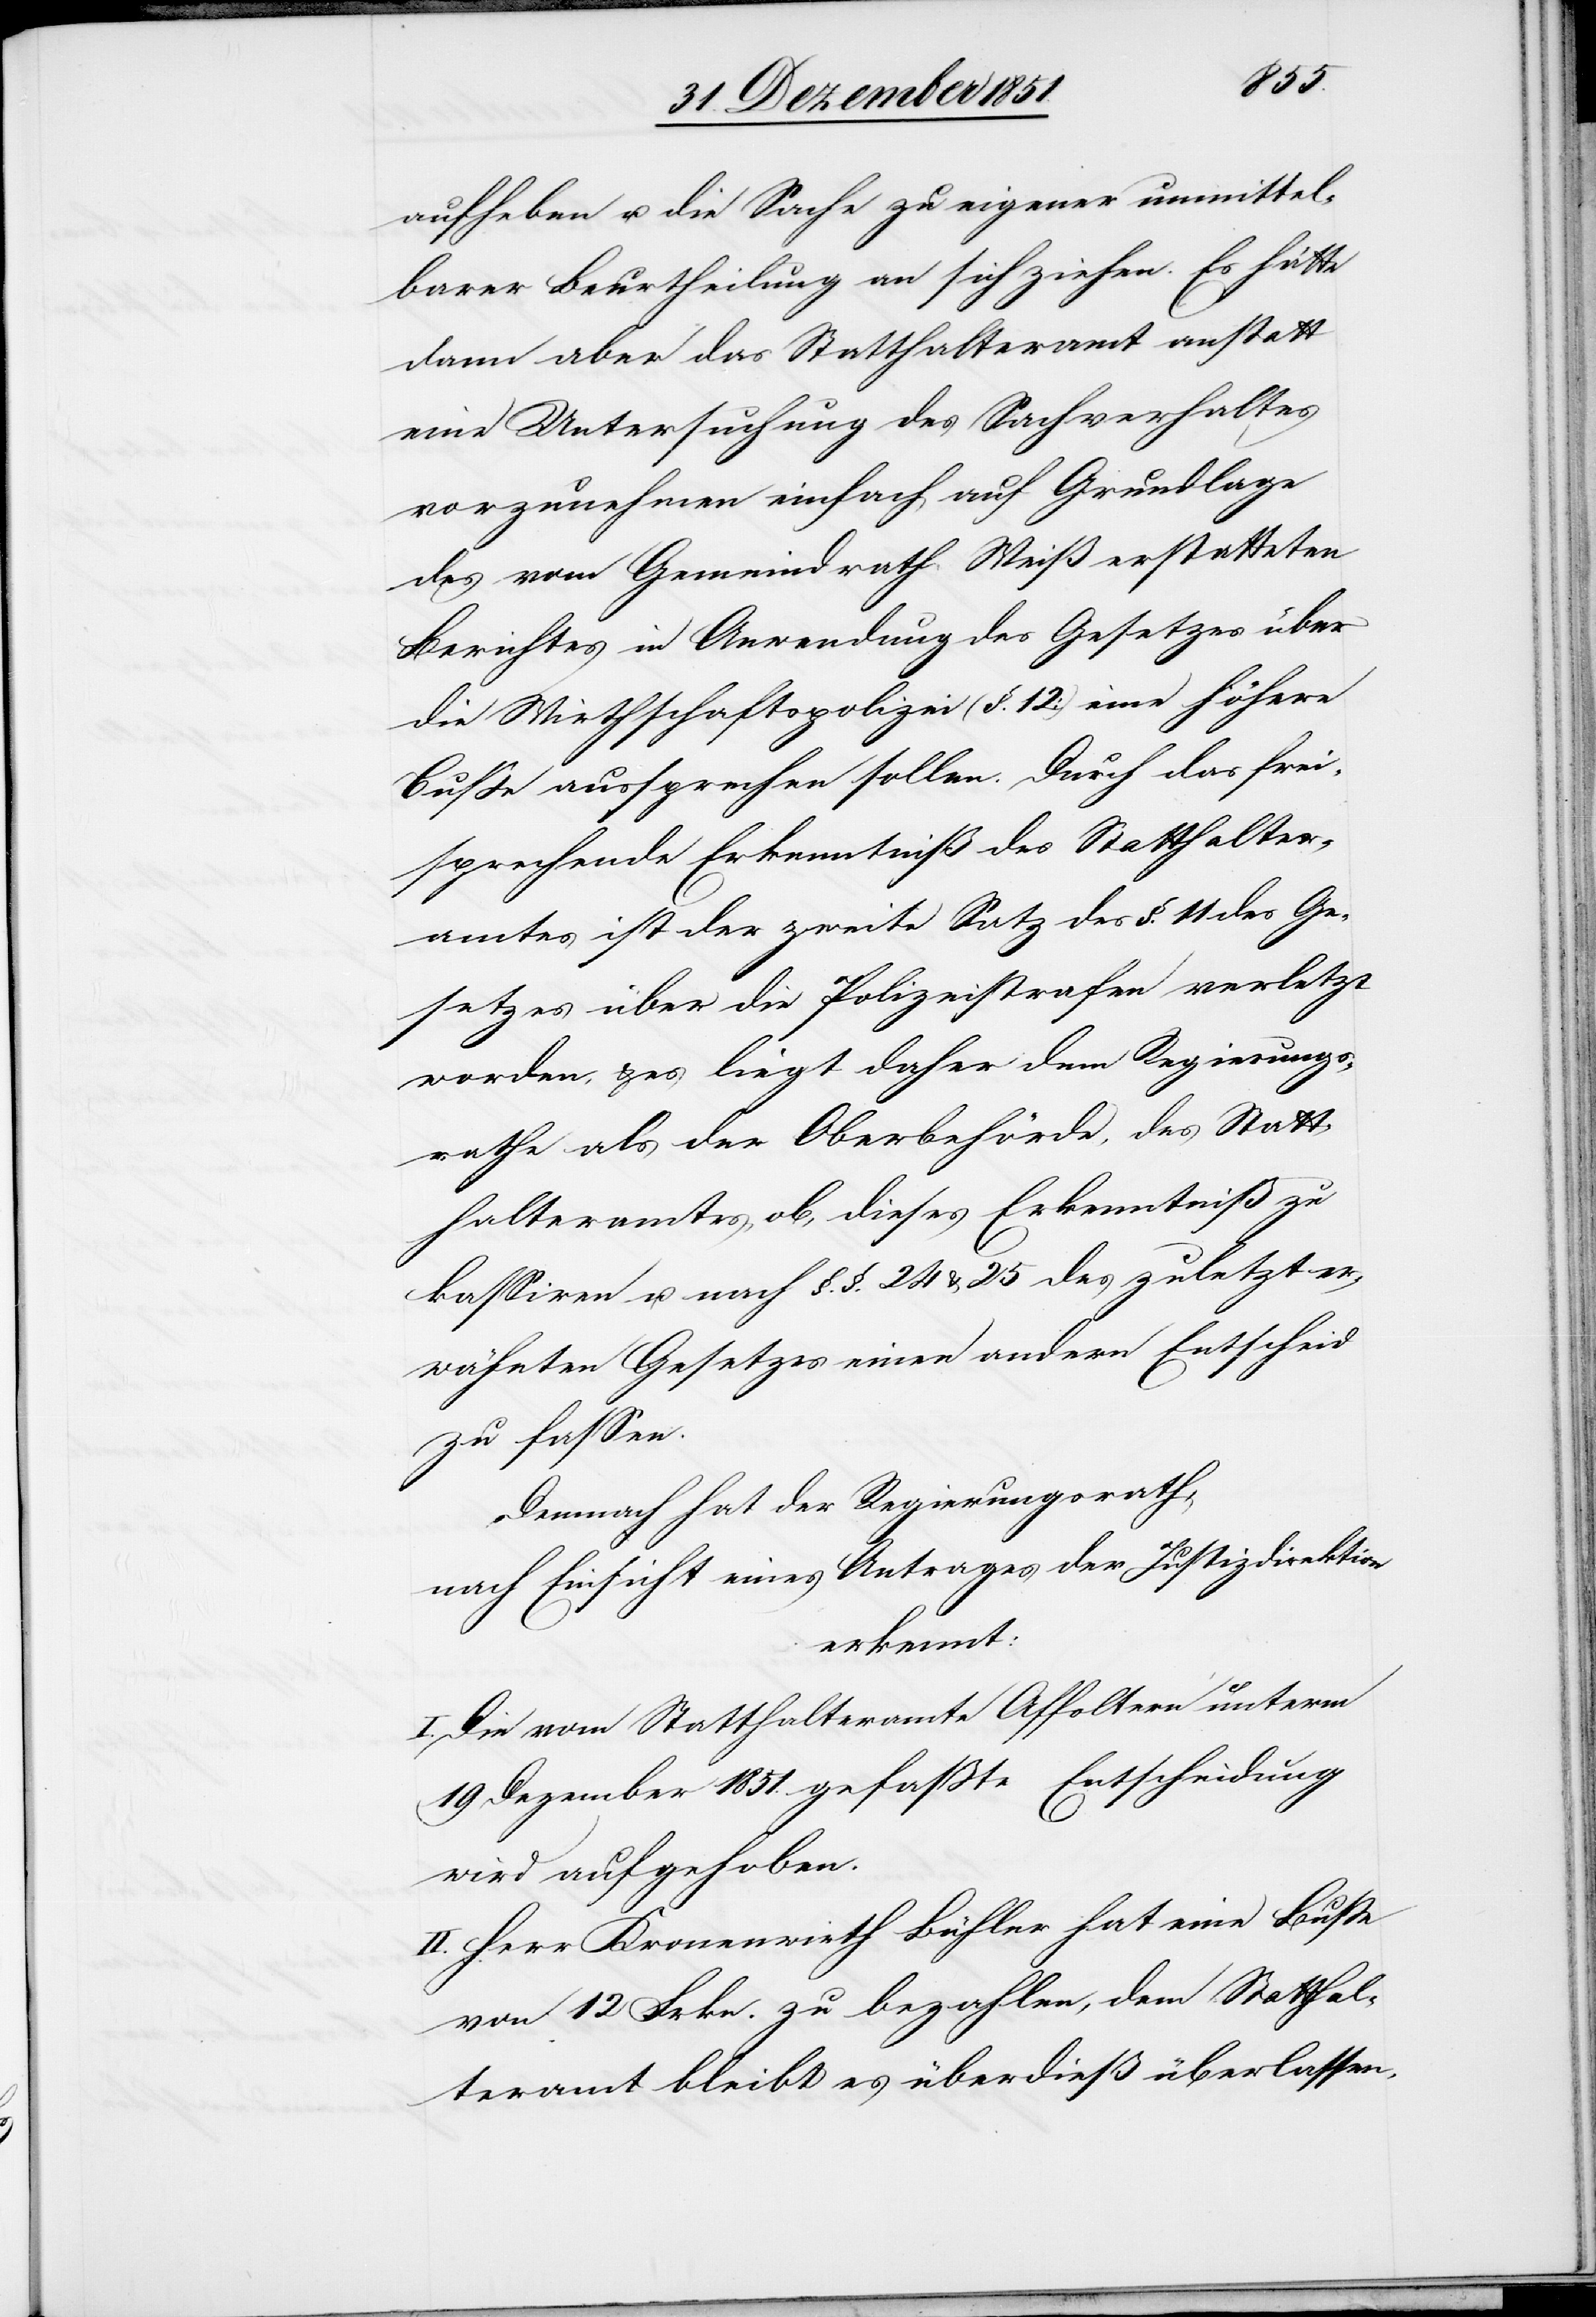
aufheben u. die Sache zu eigener unmittel¬
barer Beurtheilung an sich ziehen. Es hätte
dann aber das Statthalteramt anstatt
eine Untersuchung des Sachverhaltes
vorzunehmen einfach auf Grundlage
des vom Gemeindrath Weiß erstatteten
Berichtes in Anwendung des Gesetzes über
die Wirthschaftspolizei (§. 12) eine höhere
Buße aussprechen sollen. Durch das frei¬
sprechende Erkenntniß des Statthalter¬
amtes ist der zweite Satz des §. 11 des Ge¬
setzes über die Polizeistrafen verletzt
worden, & es liegt daher dem Regierungs¬
rathe als der Oberbehörde, des Statt¬
halteramtes, ob, dieses Erkenntniß zu
kassiren u. nach §.§. 24 & 25 des zuletzt er¬
wähnten Gesetzes einen andern Entscheid
zu fassen.
Demnach hat der Regierungsrath,
nach Einsicht eines Antrages der Justizdirektion
erkennt:
I. Die vom Statthalteramte Affoltern unterm
19 Dezember 1851. gefaßte Entscheidung
wird aufgehoben.
II. Herr Kronenwirth Bühler hat eine Buße
von 12 Frkn. zu bezahlen, dem Statthal¬
teramt bleibt es überdieß überlassen,